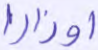
أوزارا